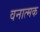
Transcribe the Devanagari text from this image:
वनात्मक